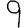
Digit: 9